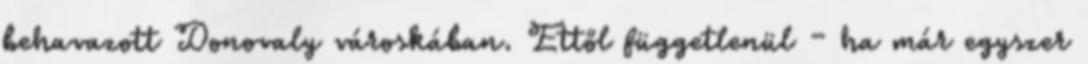
behavazott Donovaly városkában. Ettől függetlenül – ha már egyszer